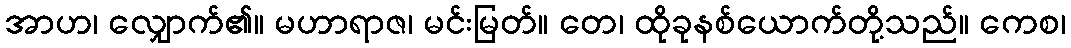
အာဟ၊ လျှောက်၏။ မဟာရာဇ၊ မင်းမြတ်။ တေ၊ ထိုခုနစ်ယောက်တို့သည်။ ကေစ၊